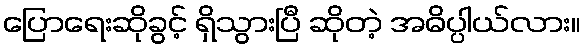
ပြောရေးဆိုခွင့် ရှိသွားပြီ ဆိုတဲ့ အဓိပ္ပါယ်လား။